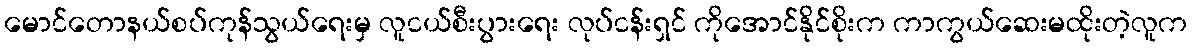
မောင်တောနယ်စပ်ကုန်သွယ်ရေးမှ လူငယ်စီးပွားရေး လုပ်ငန်းရှင် ကိုအောင်နိုင်စိုးက ကာကွယ်ဆေးမထိုးတဲ့လူက